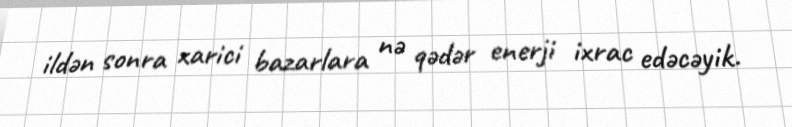
ildən sonra xarici bazarlara nə qədər enerji ixrac edəcəyik.